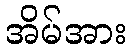
အိမ်အား